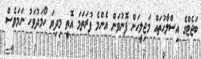
ބަޖެޓްގެ އިސްލާހުތައް މަޖިލީހަށް ފޮނުވަން އެންމެ ފުރަތަމަ އޮތީ މިދިޔަ ހޯމަދުވަހު ނަމަވެސް